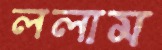
ললাম